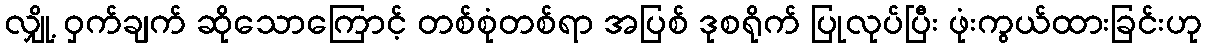
လျှို့ ဝှက်ချက် ဆိုသောကြောင့် တစ်စုံတစ်ရာ အပြစ် ဒုစရိုက် ပြုလုပ်ပြီး ဖုံးကွယ်ထားခြင်းဟု